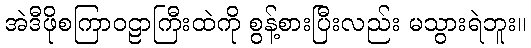
အဲဒီဖိုစကြာဝဠာကြီးထဲကို စွန့်စားပြီးလည်း မသွားရဲဘူး။